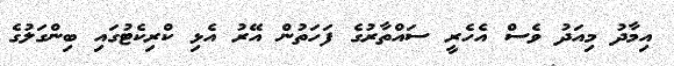
އިމާދު މިއަދު ވެސް އެހެރީ ސައްތާރުގެ ފަހަތުން އޭރު އެޅި ކްރިކެޓުގައި ބިންގަލުގެ